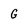
Character: G